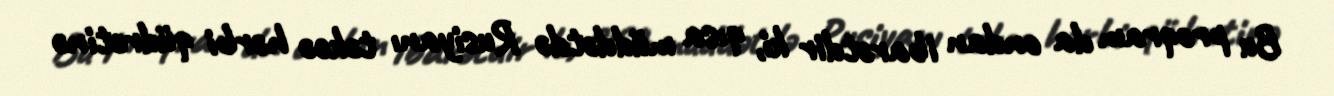
Bu proqram da ondan ibarətdir ki, qısa müddətdə Rusiyanı təkcə hərbi qüdrətinə